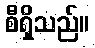
စီရှိသည်။